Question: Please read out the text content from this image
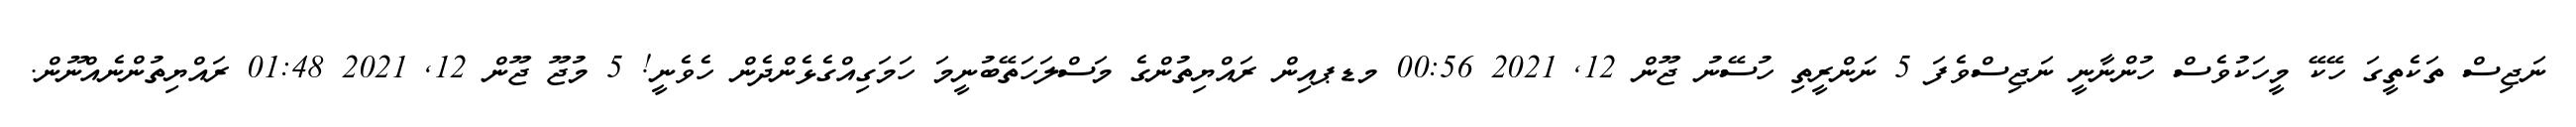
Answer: ނަޖިސް ތަކެތީގަ ހޭކޭ މީހަކުވެސް ހުންނާނީ ނަޖިސްވެފަ 5 ނަންރީތި ހުސޭނު ޖޫން 12, 2021 00:56 މޑޕއިން ރައްޔިތުންގެ މަސްލަހަތޭބުނީމަ ހަމަގިއްގެޅެންދެން ހެވެނީ! 5 މުޖޫ ޖޫން 12, 2021 01:48 ރައްޔިތުންނެއްނޫން.